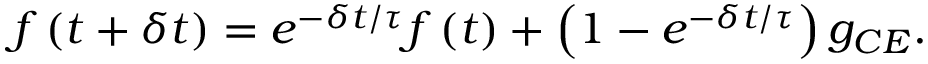
f \left( { t + \delta t } \right) = e ^ { - \delta t / \tau } f \left( t \right) + \left( { 1 - e ^ { - \delta t / \tau } } \right) g _ { C E } .